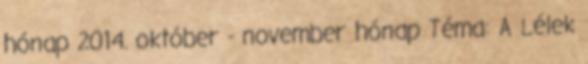
hónap 2014. október - november hónap Téma: A Lélek